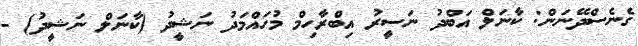
ގެނެސްދޭނަން: ކާނަލް އަބްދު ނަސީރު އިބްރާހިމް މުހައްމަދު ނަޝީދު (ކާނަލް ނަޝީދު) -